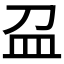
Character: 𥁀